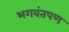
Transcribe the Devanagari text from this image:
भगवंतपण